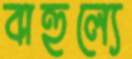
বাহুল্যে